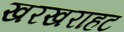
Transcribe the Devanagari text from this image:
खरखराहट